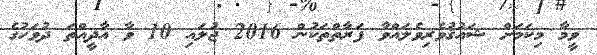
ވީމާ މިކަމަށް ޝައުޤުވެރިވެލައްވާ ފަރާތްތަކުން 2016 ޖުލައި 10 ވާ އާދީއްތަ ދުވަހުގެ